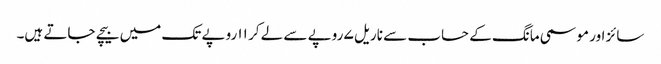
سائز اور موسمی مانگ کے حساب سے ناریل ۷ روپے سے لے کر ۱۱ روپے تک میں بیچے جاتے ہیں۔